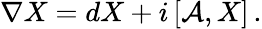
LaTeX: \nabla X=dX+i\left[{\cal A},X\right]\, .